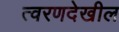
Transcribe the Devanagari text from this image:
त्वरणदेखील